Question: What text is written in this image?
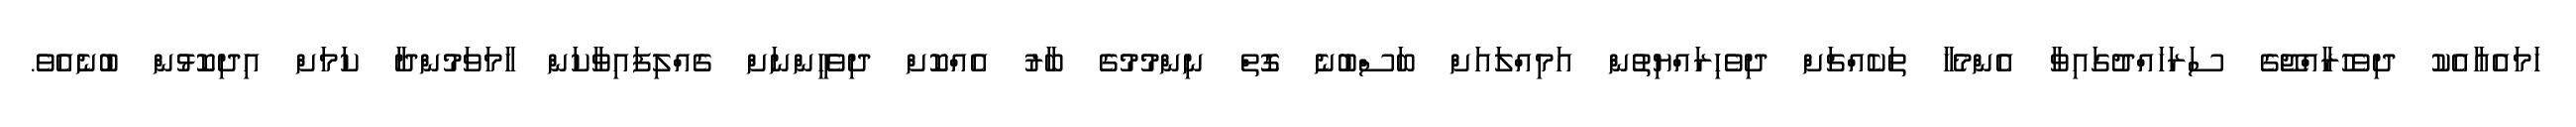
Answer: ހަމައެއާއެކު ދިވެހުރާއްޖޭގެ ސަރަހައްދުގައިވާ އެންމެހާ ތަކެއްޗަށް ދިވެހިރައްޔިތުން އަމިއްލައަށް ބަސްބުނެ ގޮތް ނިންމުމުގެ ބާރު އެއްކޮށް ދިވެހީންނަށް ގެއްލިފައިވާކަން ހާމަވަމުންދާ ކަމަށް އިދިކޮޅުން ބުނެއެވެ.